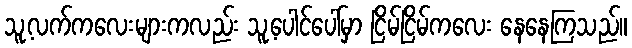
သူ့လက်ကလေးများကလည်း သူ့ပေါင်ပေါ်မှာ ငြိမ်ငြိမ်ကလေး နေနေကြသည်။